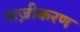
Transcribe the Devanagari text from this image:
नाज़ीकरण